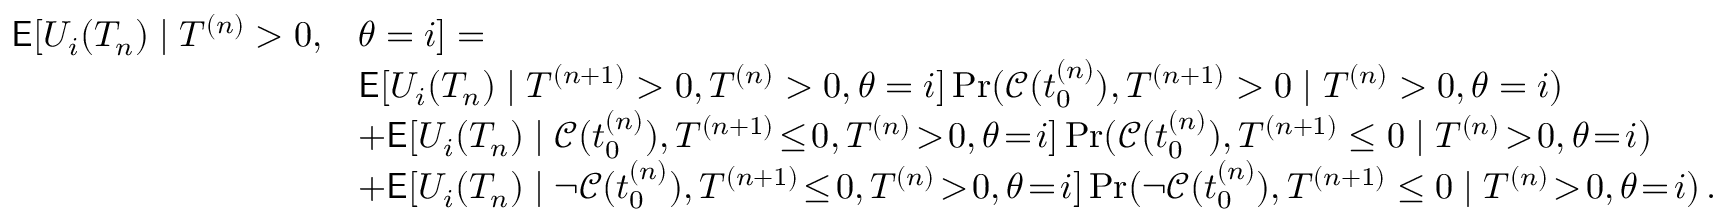
\begin{array} { r l } { \mathsf { E } [ U _ { i } ( T _ { n } ) \mid T ^ { ( n ) } > 0 , } & { \theta = i ] = } \\ & { \mathsf { E } [ U _ { i } ( T _ { n } ) \mid T ^ { ( n + 1 ) } > 0 , T ^ { ( n ) } > 0 , \theta = i ] \operatorname* { P r } ( \mathcal { C } ( t _ { 0 } ^ { ( n ) } ) , T ^ { ( n + 1 ) } > 0 \mid T ^ { ( n ) } > 0 , \theta = i ) } \\ & { + \mathsf { E } [ U _ { i } ( T _ { n } ) \mid \mathcal { C } ( t _ { 0 } ^ { ( n ) } ) , T ^ { ( n + 1 ) } \! \le \! 0 , T ^ { ( n ) } \! > \! 0 , \theta \! = \! i ] \operatorname* { P r } ( \mathcal { C } ( t _ { 0 } ^ { ( n ) } ) , T ^ { ( n + 1 ) } \le 0 \mid T ^ { ( n ) } \! > \! 0 , \theta \! = \! i ) } \\ & { + \mathsf { E } [ U _ { i } ( T _ { n } ) \mid \neg \mathcal { C } ( t _ { 0 } ^ { ( n ) } ) , T ^ { ( n + 1 ) } \! \le \! 0 , T ^ { ( n ) } \! > \! 0 , \theta \! = \! i ] \operatorname* { P r } ( \neg \mathcal { C } ( t _ { 0 } ^ { ( n ) } ) , T ^ { ( n + 1 ) } \le 0 \mid T ^ { ( n ) } \! > \! 0 , \theta \! = \! i ) \, . } \end{array}